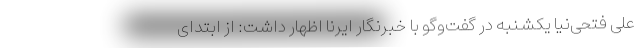
علی فتحی‌نیا یکشنبه در گفت‌وگو با خبرنگار ایرنا اظهار داشت: از ابتدای